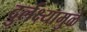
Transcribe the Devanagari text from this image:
दुर्लक्ष्यामुळे